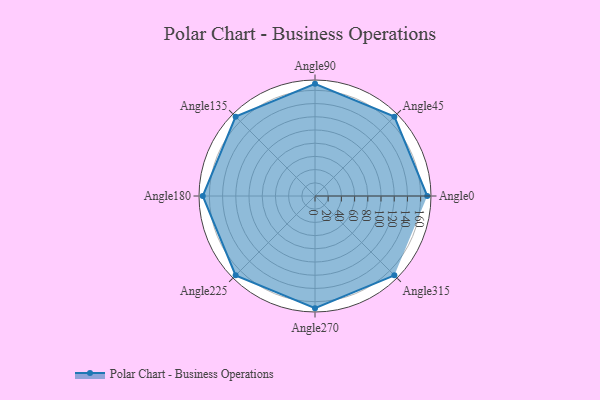
{"axis": {"x": "Angle", "y": "Radius"}, "legend": [""], "data": [{"x": "Angle0", "y": 170.0, "type": ""}, {"x": "Angle45", "y": 170, "type": ""}, {"x": "Angle90", "y": 170, "type": ""}, {"x": "Angle135", "y": 170, "type": ""}, {"x": "Angle180", "y": 170, "type": ""}, {"x": "Angle225", "y": 170, "type": ""}, {"x": "Angle270", "y": 170, "type": ""}, {"x": "Angle315", "y": 170, "type": ""}]}